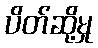
ပိတ်ဆို့မှု